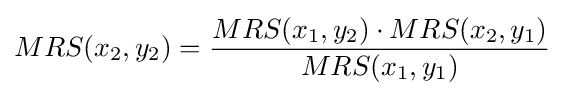
MRS(x_{2},y_{2})={\frac {MRS(x_{1},y_{2})\cdot MRS(x_{2},y_{1})}{MRS(x_{1},y_{1})}}